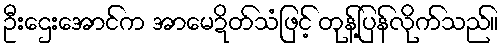
ဦးဌေးအောင်က အာမေဍိတ်သံဖြင့် တုန့်ပြန်လိုက်သည်။